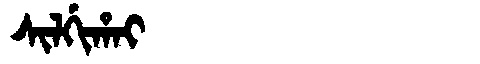
Manchu: ᠰᡳᠯᡤᡳᡥᠠᡳ
Romanization: SILGIHAI